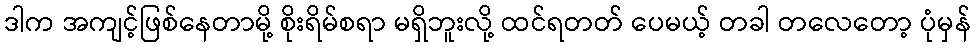
ဒါက အကျင့်ဖြစ်နေတာမို့ စိုးရိမ်စရာ မရှိဘူးလို့ ထင်ရတတ် ပေမယ့် တခါ တလေတော့ ပုံမှန်